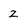
Character: z